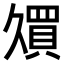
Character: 𫡠